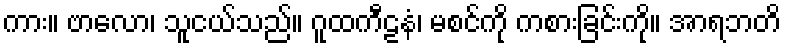
ကား။ ဗာလော၊ သူငယ်သည်။ ဂူထကီဠနံ၊ မစင်ကို ကစားခြင်းကို။ အာရဘတိ